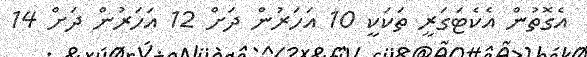
އެގޮތުން އެކެޓަގަރީ ތަކަކީ 10 އަހަރުން ދަށް 12 އަހަރުން ދަށް 14